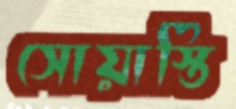
সোয়াস্তি